Report of an investigation into the causes of the diseases known in Assam as Kála-Azár and Beri-Beri
Disease focus: Beri-Beri
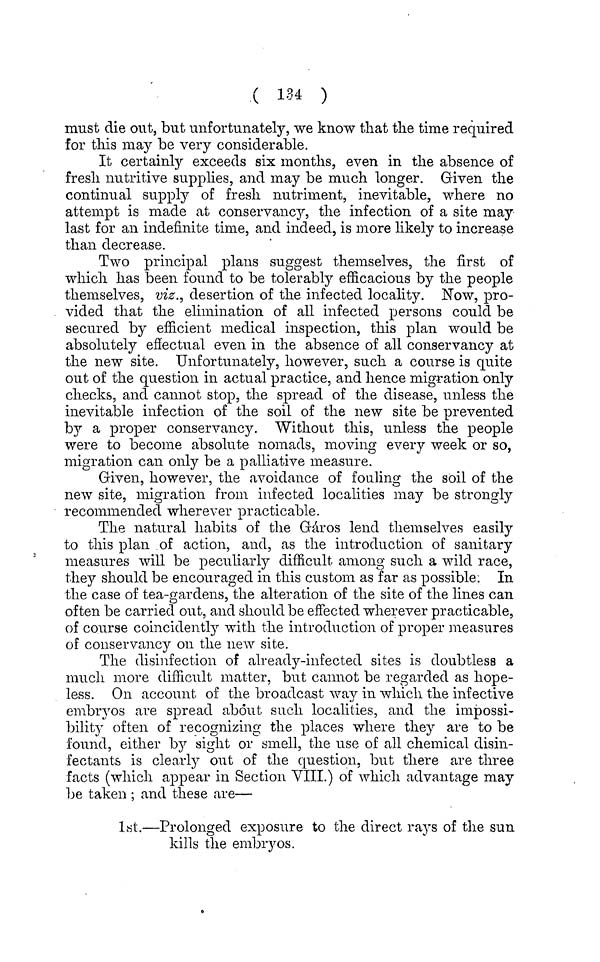
( 134 )
must die out, but unfortunately, we know that the time required
for this may be very considerable.
It certainly exceeds six months, even in the absence of
fresh nutritive supplies, and may be much longer. Given the
continual supply of fresh nutriment, inevitable, where no
attempt is made at conservancy, the infection of a site may
last for an indefinite time, and indeed, is more likely to increase
than decrease.
Two principal plans suggest themselves, the first of
which has been found to be tolerably efficacious by the people
themselves, viz., desertion of the infected locality. Now, pro-
vided that the elimination of all infected persons could be
secured by efficient medical inspection, this plan would be
absolutely effectual even in the absence of all conservancy at
the new site. Unfortunately, however, such a course is quite
out of the question in actual practice, and hence migration only
checks, and cannot stop, the spread of the disease, unless the
inevitable infection of the soil of the new site be prevented
by a proper conservancy. Without this, unless the people
were to become absolute nomads, moving every week or so,
migration can only be a palliative measure.
Given, however, the avoidance of foaling the soil of the
new site, migration from infected localities may be strongly
recommended wherever practicable.
The natural habits of the Garos lend themselves easily
to this plan of action, and, as the introduction of sanitary
measures will be peculiarly difficult among such a wild race,
they should be encouraged in this custom as far as possible. In
the case of tea-gardens, the alteration of the site of the lines can
often be carried out, and should be effected wherever practicable,
of course coincideiitly with the introduction of proper measures
of conservancy on the new site.
The disinfection, of already-infected sites is doubtless a
much more difficult matter, but cannot be regarded as hope-
less. On account of the broadcast way in which the infective
embn r os are spread about such localities, and the impossi-
bility often of recognizing the places where they are to be
found, either by sight or smell, the use of all chemical disin-
fectants is clearly out of the question, but there are three
facts (which appear in Section VIII.) of which advantage may
be taken ; and these are—
1st.—Prolonged exposure to the direct rays of the sun
kills the embryos.